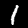
Digit: 1